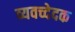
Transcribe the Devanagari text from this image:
व्यवच्देदक